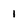
Character: 1